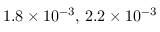
1 . 8 \times 1 0 ^ { - 3 } , \, 2 . 2 \times 1 0 ^ { - 3 }